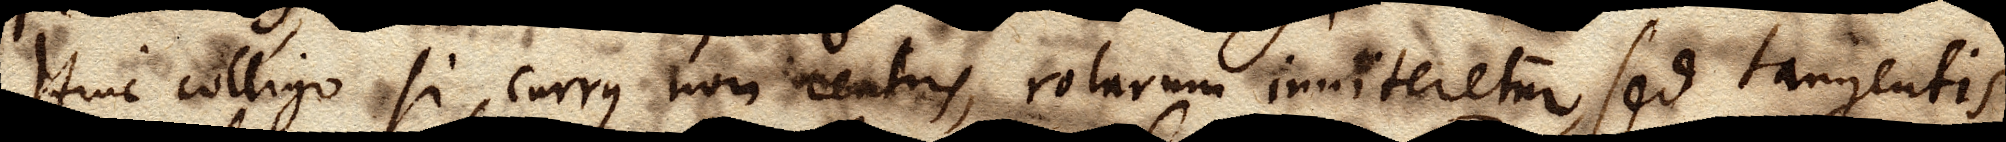
Hinc colligo si currus non centris, rotarum inniteretur, sed tangentis